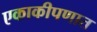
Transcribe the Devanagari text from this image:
एकाकीपणात